Theory and practice of anti-rabic immunisation - Number 30
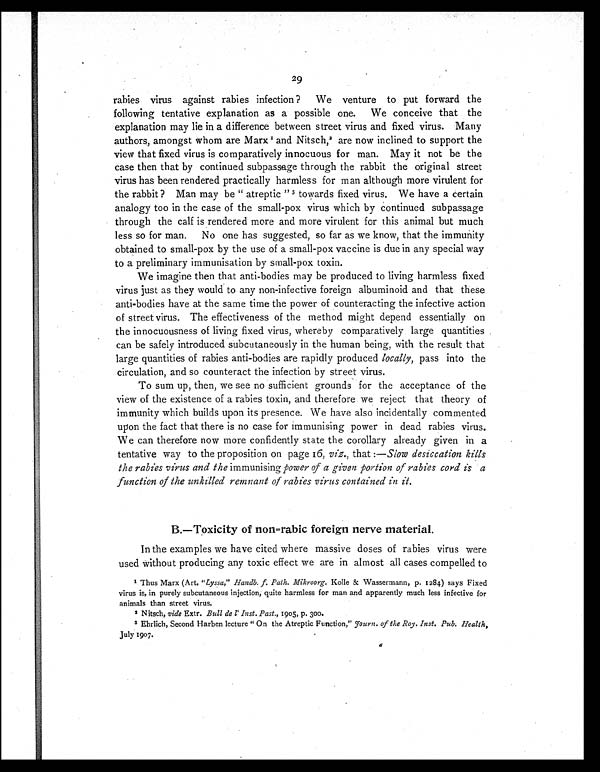
29
rabies virus against rabies infection? We venture to put forward the
following tentative explanation as a possible one. We conceive that the
explanation may lie in a difference between street virus and fixed virus. Many
authors, amongst whom are Marx1 and Nitsch, 2 are now inclined to support the
view that fixed virus is comparatively innocuous for man. May it not be the
case then that by continued subpassage through the rabbit the original street
virus has been rendered practically harmless for man although more virulent for
the rabbit? Man may be "atreptic" 3 towards fixed virus. We have a certain
analogy too in the case of the small-pox virus which by continued subpassage
through the calf is rendered more and more virulent for this animal but much
less so for man. No one has suggested, so far as we know, that the immunity
obtained to small-pox by the use of a small-pox vaccine is due in any special way
to a preliminary immunisation by small-pox toxin.
We imagine then that anti-bodies may be produced to living harmless fixed
virus just as they would to any non-infective foreign albuminoid and that these
anti-bodies have at the same time the power of counteracting the infective action
of street virus. The effectiveness of the method might depend essentially on
the innocuousness of living fixed virus, whereby comparatively large quantities
can be safely introduced subcutaneously in the human being, with the result that
large quantities of rabies anti-bodies are rapidly produced locally, pass into the
circulation, and so counteract the infection by street virus.
To sum up, then, we see no sufficient grounds for the acceptance of the
view of the existence of a rabies toxin, and therefore we reject that theory of
immunity which builds upon its presence. We have also incidentally commented
upon the fact that there is no case for immunising power in dead rabies virus.
We can therefore now more confidently state the corollary already given in a
tentative way to the proposition on page 16, viz., that :— Slow desiccation kills
the rabies virus and the immunising power of a given portion of rabies cord is a
function of the unkilled remnant of rabies virus contained in it.
B.—Toxicity of non=rabic foreign nerve material.
In the examples we have cited where massive doses of rabies virus were
used without producing any toxic effect we are in almost all cases compelled to
1 Thus Marx (Art. "Lyssa," Handb. f. Path. Mikroorg. Kolle & Wassermann, p. 1284) says Fixed
virus is, in purely subcutaneous injection, quite harmless for man and apparently much less infective for
animals than street virus.
2 Nitsch, vide Extr. Bull de l' Inst. Past., 1905, p. 300.
3 Ehrlich, Second Harben lecture "On the Atreptic Function," Fourn . of the Roy. Inst. Pub. Health,
July 1907.